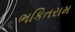
ભકિતરામ